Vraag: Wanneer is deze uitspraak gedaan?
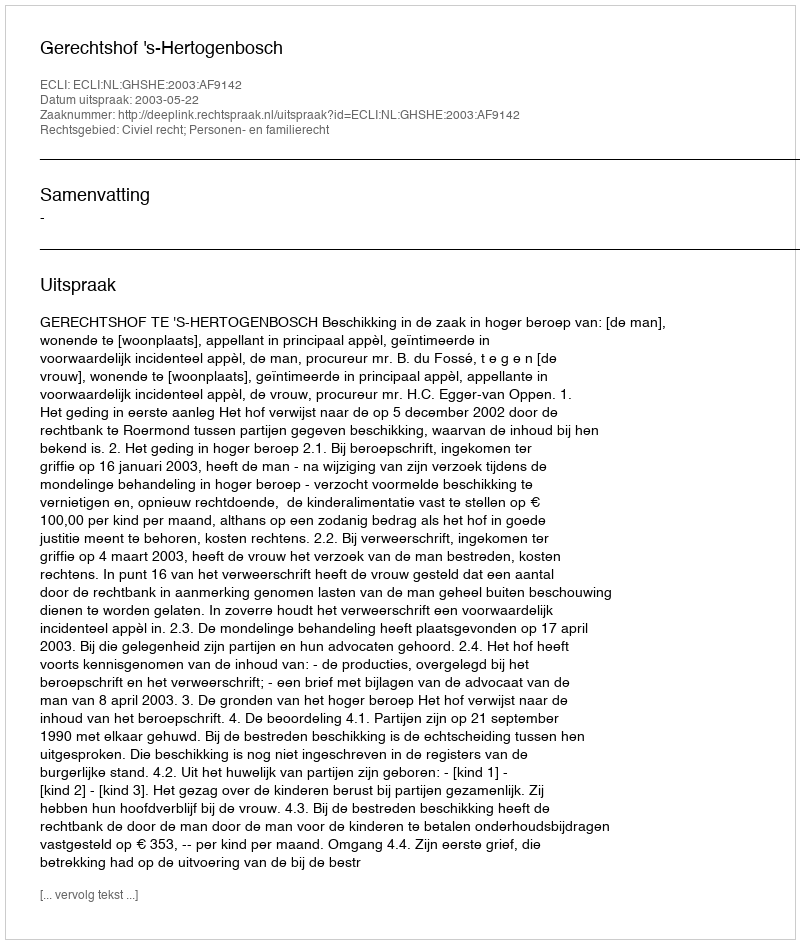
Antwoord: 2003-05-22